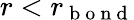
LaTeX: r<r_{\mathrm{~b~o~n~d~}}